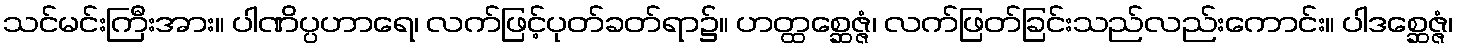
သင်မင်းကြီးအား။ ပါဏိပ္ပဟာရေ၊ လက်ဖြင့်ပုတ်ခတ်ရာ၌။ ဟတ္ထစ္ဆေဇ္ဇံ၊ လက်ဖြတ်ခြင်းသည်လည်းကောင်း။ ပါဒစ္ဆေဇ္ဇံ၊